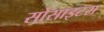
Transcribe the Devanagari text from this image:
सोसाइटस